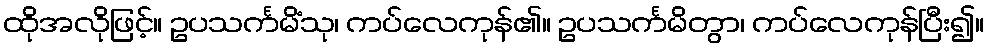
ထိုအလိုဖြင့်။ ဥပသင်္ကမိံသု၊ ကပ်လေကုန်၏။ ဥပသင်္ကမိတွာ၊ ကပ်လေကုန်ပြီး၍။